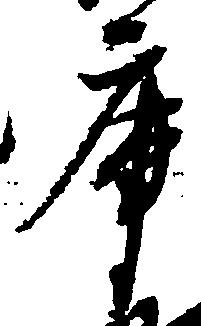
庫